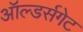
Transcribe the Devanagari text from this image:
ऑल्डर्सगेट